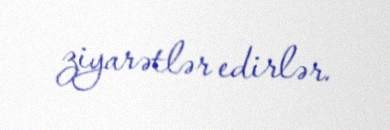
ziyarətlər edirlər.